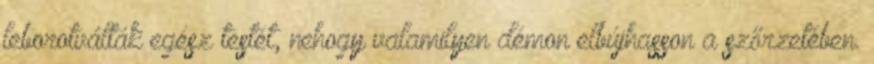
leborotválták egész testét, nehogy valamilyen démon elbújhasson a szőrzetében.